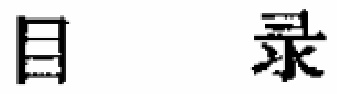
目录